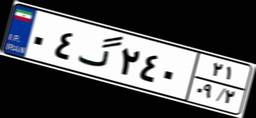
۰۴گ۲۴۰۲۱